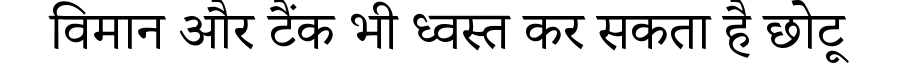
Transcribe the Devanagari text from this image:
विमान और टैंक भी ध्वस्त कर सकता है छोटू